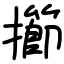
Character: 擳